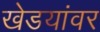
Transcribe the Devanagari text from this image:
खेडयांवर